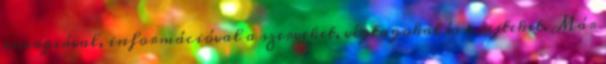
energiával, információval a szerveket, végtagokat és a sejteket. Már